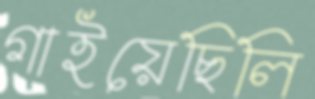
গাইয়েছিলি